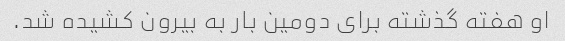
او هفته گذشته برای دومین بار به بیرون کشیده شد.